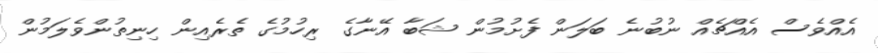
އެއްވެސް އެއްޗެއް ނުބުނެ ބަލަން ފެށުމުން ޝަބާ އޭނާގެ ރިހުމުގެ ތެރެއިން ހިނިތުންވެލަމުން